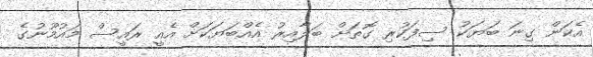
އެކަން ގިނަ ބަޔަކު ސިފަކުރި ގޮތަށް ބަލާއިރު އެއްބަޔަކަށް އެއީ ރައީސް މައުމޫނުގެ